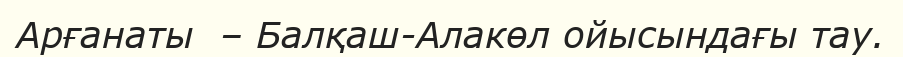
Арғанаты  – Балқаш-Алакөл ойысындағы тау.